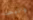
والبحث